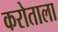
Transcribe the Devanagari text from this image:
करोताला